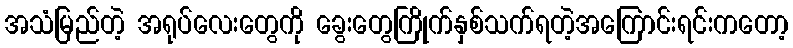
အသံမြည်တဲ့ အရုပ်လေးတွေကို ခွေးတွေကြိုက်နှစ်သက်ရတဲ့အကြောင်းရင်းကတော့